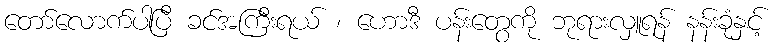
တော်လောက်ပါပြီ ခင်အကြီးရယ် ၊ ဟောဒီ ပန်းတွေကို ဘုရားလှူရန် နန်းခုံနှင့်